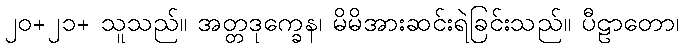
၂၀+၂၁+ သူသည်။ အတ္တဒုက္ခေန၊ မိမိအားဆင်းရဲခြင်းသည်။ ပီဠာတော၊